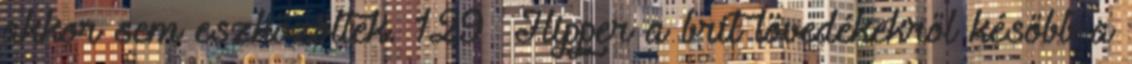
akkor sem eszközöltek. 129 Hipper a brit lövedékekről később a